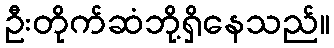
ဦးတိုက်ဆံဘို့ရှိနေသည်။